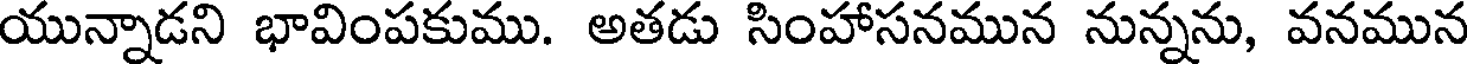
యున్నాడని భావింపకుము. అతడు సింహాసనమున నున్నను, వనమున